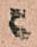
ニ